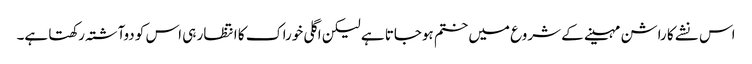
اس نشے کا راشن مہینے کے شروع میں ختم ہوجاتا ہے لیکن اگلی خوراک کا انتظار ہی اس کو دوآشتہ رکھتا ہے۔